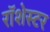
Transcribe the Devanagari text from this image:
रॉशेस्टर